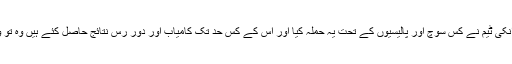
اب صدر ٹرمپ اور انکی ٹیم نے کس سوچ اور پالیسیوں کے تحت یہ حملہ کیا اور اس کے کس حد تک کامیاب اور دور رس نتائج حاصل کئے ہیں وہ تو وقت ہی بتا سکتا ہے۔